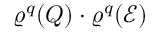
\varrho ^ { q } ( Q ) \cdot \varrho ^ { q } ( \mathcal { E } )